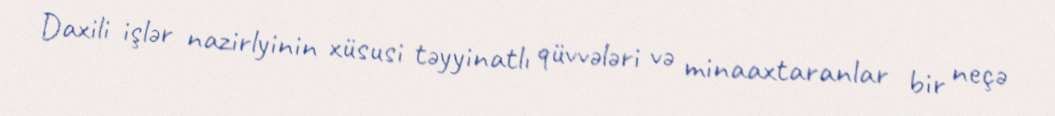
Daxili işlər nazirlyinin xüsusi təyyinatlı qüvvələri və minaaxtaranlar bir neçə